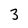
Character: 3